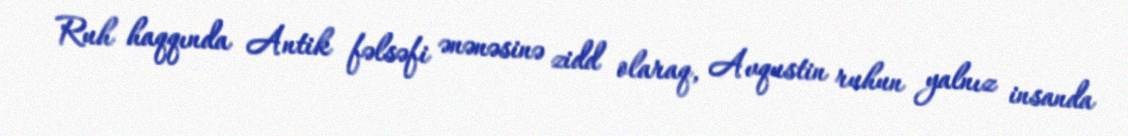
Ruh haqqında Antik fəlsəfi ənənəsinə zidd olaraq, Avqustin ruhun yalnız insanda